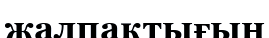
жалпақтығын